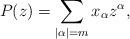
LaTeX: \begin{align*}P(z)=\sum_{|\alpha|=m}x_\alpha z^\alpha,\end{align*}